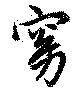
窈